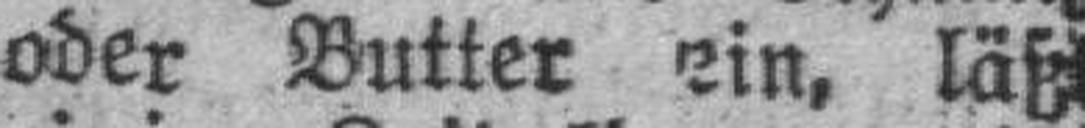
oder Butter ein, läß